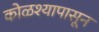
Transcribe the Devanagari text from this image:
कोळश्यापासून